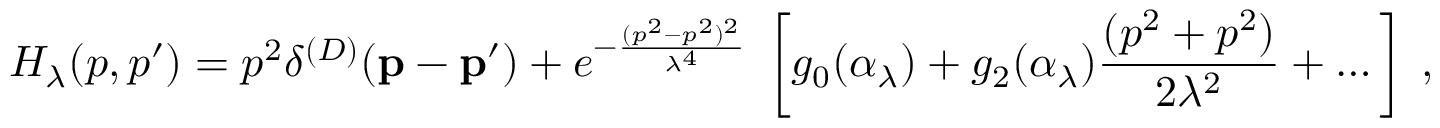
H _ { \lambda } ( p , p ^ { \prime } ) = p ^ { 2 } \delta ^ { ( D ) } ( { \bf p } - { \bf p ^ { \prime } } ) + e ^ { - \frac { ( p ^ { 2 } - p ^ { 2 } ) ^ { 2 } } { \lambda ^ { 4 } } } \; \left[ g _ { 0 } ( \alpha _ { \lambda } ) + g _ { 2 } ( \alpha _ { \lambda } ) \frac { ( p ^ { 2 } + p ^ { 2 } ) } { 2 \lambda ^ { 2 } } + \dots \right] \; ,